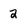
Character: 2